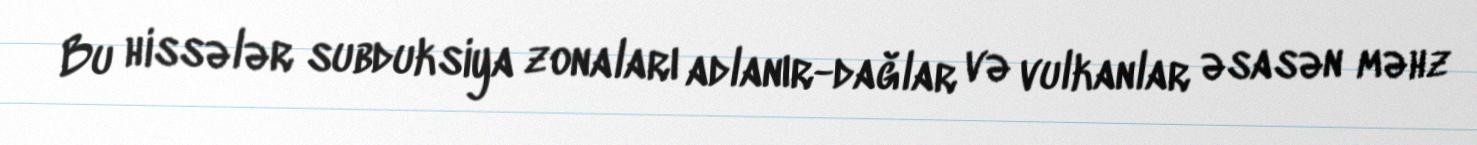
Bu hissələr subduksiya zonaları adlanır-dağlar və vulkanlar əsasən məhz